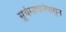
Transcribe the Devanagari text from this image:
सुर्यसाधनेपासुन